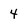
Character: 4